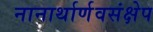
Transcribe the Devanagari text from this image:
नानार्थार्णवसंक्षेप